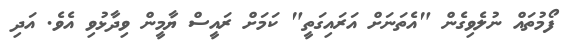
ފޯމުތައް ނުލެވިގެން "އެތަނަށް އަރައިގަތީ" ކަމަށް ރައީސް ޔާމީން ވިދާޅުވި އެވެ. އަދި